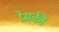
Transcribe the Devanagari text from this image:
प्रेमकी